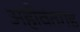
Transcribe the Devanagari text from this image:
अहीवंतगड